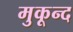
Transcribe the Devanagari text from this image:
मुकून्द